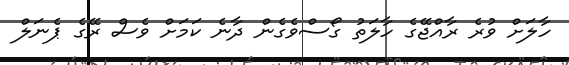
ހާލަށް ވުރެ ރާއްޖޭގެ ހާލަތު ގޯސްވެގެން ދާނެ ކަމަށް ވެސް ރޭގެ ޕެނަލް